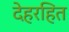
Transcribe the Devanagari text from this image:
देहरहित